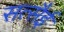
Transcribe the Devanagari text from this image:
सत्सैई